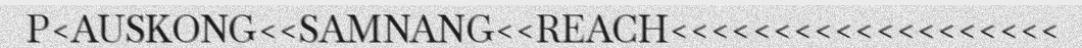
P<AUSKONG<<SAMNANG<<REACH<<<<<<<<<<<<<<<<<<<